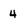
Character: 4